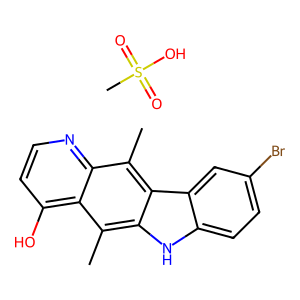
SMILES: CS(=O)(=O)O.Cc1c2[nH]c3ccc(Br)cc3c2c(C)c2nccc(O)c12
Inhibits HIV replication: No